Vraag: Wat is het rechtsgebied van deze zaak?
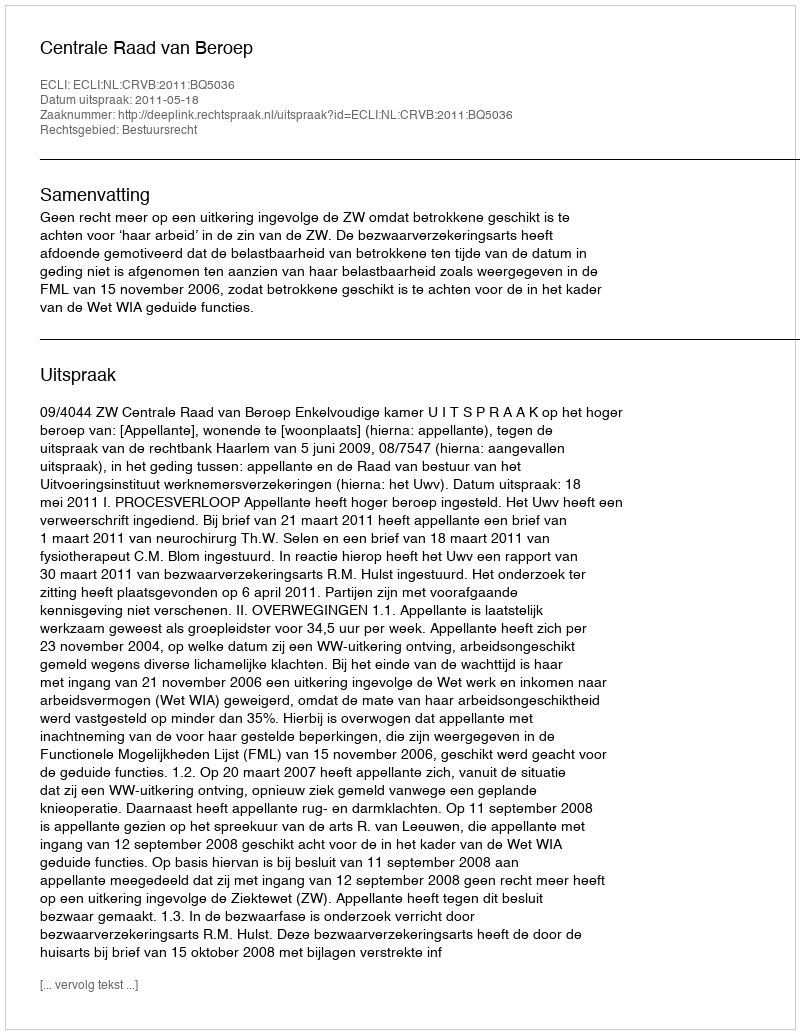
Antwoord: Bestuursrecht